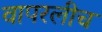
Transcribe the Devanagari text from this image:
वापरलीच